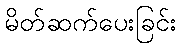
မိတ်ဆက်ပေးခြင်း